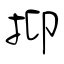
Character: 抑